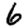
Digit: 6